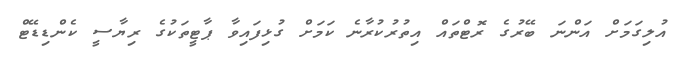
އުލިގަމަށް އަންނަ ބޭރުގެ ރޮޓްތައް އިތުރުކުރާނެ ކަމަށް ގުޅިފައިވާ ޕާޓީތަކުގެ ރިޔާސީ ކެންޑިޑޭޓް